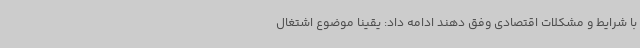
با شرایط و مشکلات اقتصادی وفق دهند ادامه داد: یقیناً موضوع اشتغال